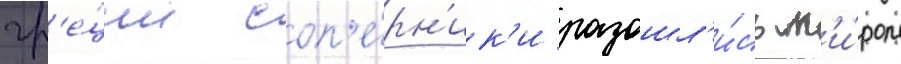
гр'е́ции соп'е́рн'ик'и разошл'и́сь м'и́ром